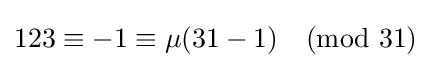
123\equiv -1\equiv \mu (31-1){\pmod {31}}